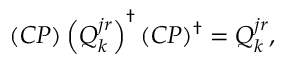
( { \cal C P } ) \left( Q _ { k } ^ { j r } \right) ^ { \dagger } ( { \cal C P } ) ^ { \dagger } = Q _ { k } ^ { j r } ,